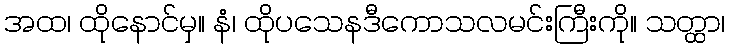
အထ၊ ထိုနောင်မှ။ နံ၊ ထိုပသေနဒီကောသလမင်းကြီးကို။ သတ္ထာ၊